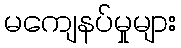
မကျေနပ်မှုများ